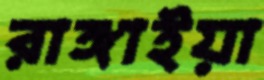
রাঙ্গাইয়া